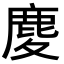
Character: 𪊎